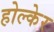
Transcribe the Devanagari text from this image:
होल्केर